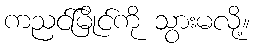
ကညင်မြိုင်ကို သွားမလို့။